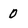
Character: 0